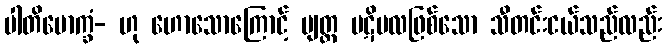
ပါတိမောက္ခံ- ဟု ဟောသောကြောင့် ဗျတ္တ ပဋိဗလဖြစ်သော သီတင်းငယ်သည်လည်း